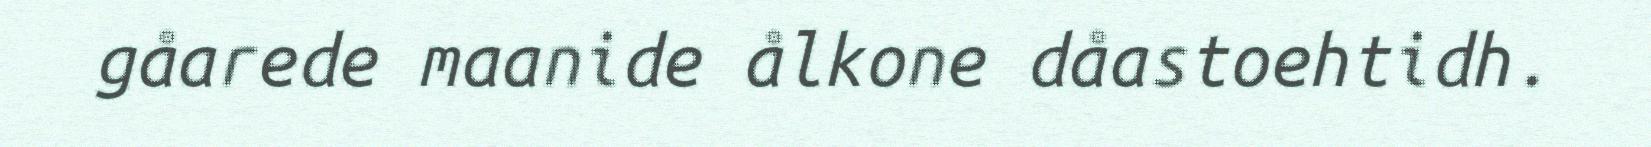
gåarede maanide ålkone dåastoehtidh.